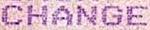
CHANGE